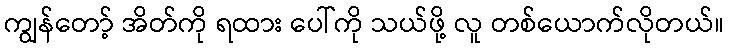
ကျွန်တော့် အိတ်ကို ရထား ပေါ်ကို သယ်ဖို့ လူ တစ်ယောက်လိုတယ်။